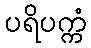
ပရိပက္ကံ